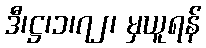
ဒီ၊ဋ္ဌ၊၁၊၇၂၊ မှယူရန်